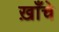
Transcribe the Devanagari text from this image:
ख़ाँचे